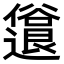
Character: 𫤈